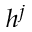
h ^ { j }